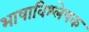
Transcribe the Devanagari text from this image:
भाषाविश्लेषक